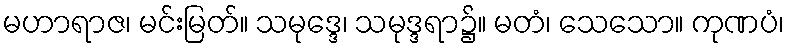
မဟာရာဇ၊ မင်းမြတ်။ သမုဒ္ဒေ၊ သမုဒ္ဒရာ၌။ မတံ၊ သေသော။ ကုဏပံ၊